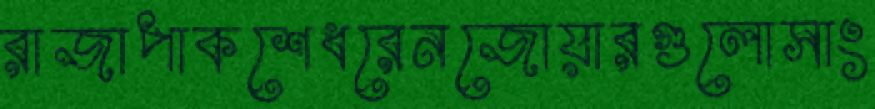
রাজাপাকশেধরেনজোয়ারগুলোসাং